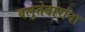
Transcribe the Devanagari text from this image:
बलुतेदारांना